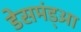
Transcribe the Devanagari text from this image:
डेसमंड्आ